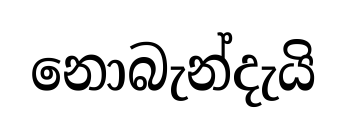
නොබැන්දැයි